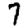
Digit: 7